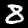
Label: 8